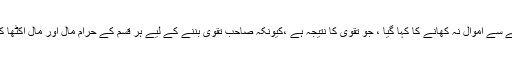
شروع میں مذکورہ آیت کو اسی آیت پر عطف کرتے ہوئے باطل طریقے سے اموال نہ کھانے کا کہا گیا ، جو تقویٰ کا نتیجہ ہے ،کیونکہ صاحب تقویٰ بننے کے لیے ہر قسم کے حرام مال اور مال اکٹھا کرنے کے تمام غیر مشروع اسباب سے کلی طور پر اجتناب واجب ہے۔